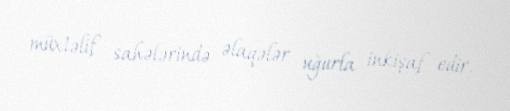
müxtəlif sahələrində əlaqələr uğurla inkişaf edir.